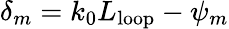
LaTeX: \delta_{m}=k_{0}L_{\mathrm{loop}}-\psi_{m}